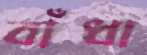
বাঁধা